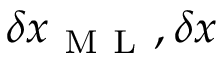
\delta x _ { \mathrm { ~ M ~ L ~ } } , \delta x